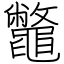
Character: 鼈